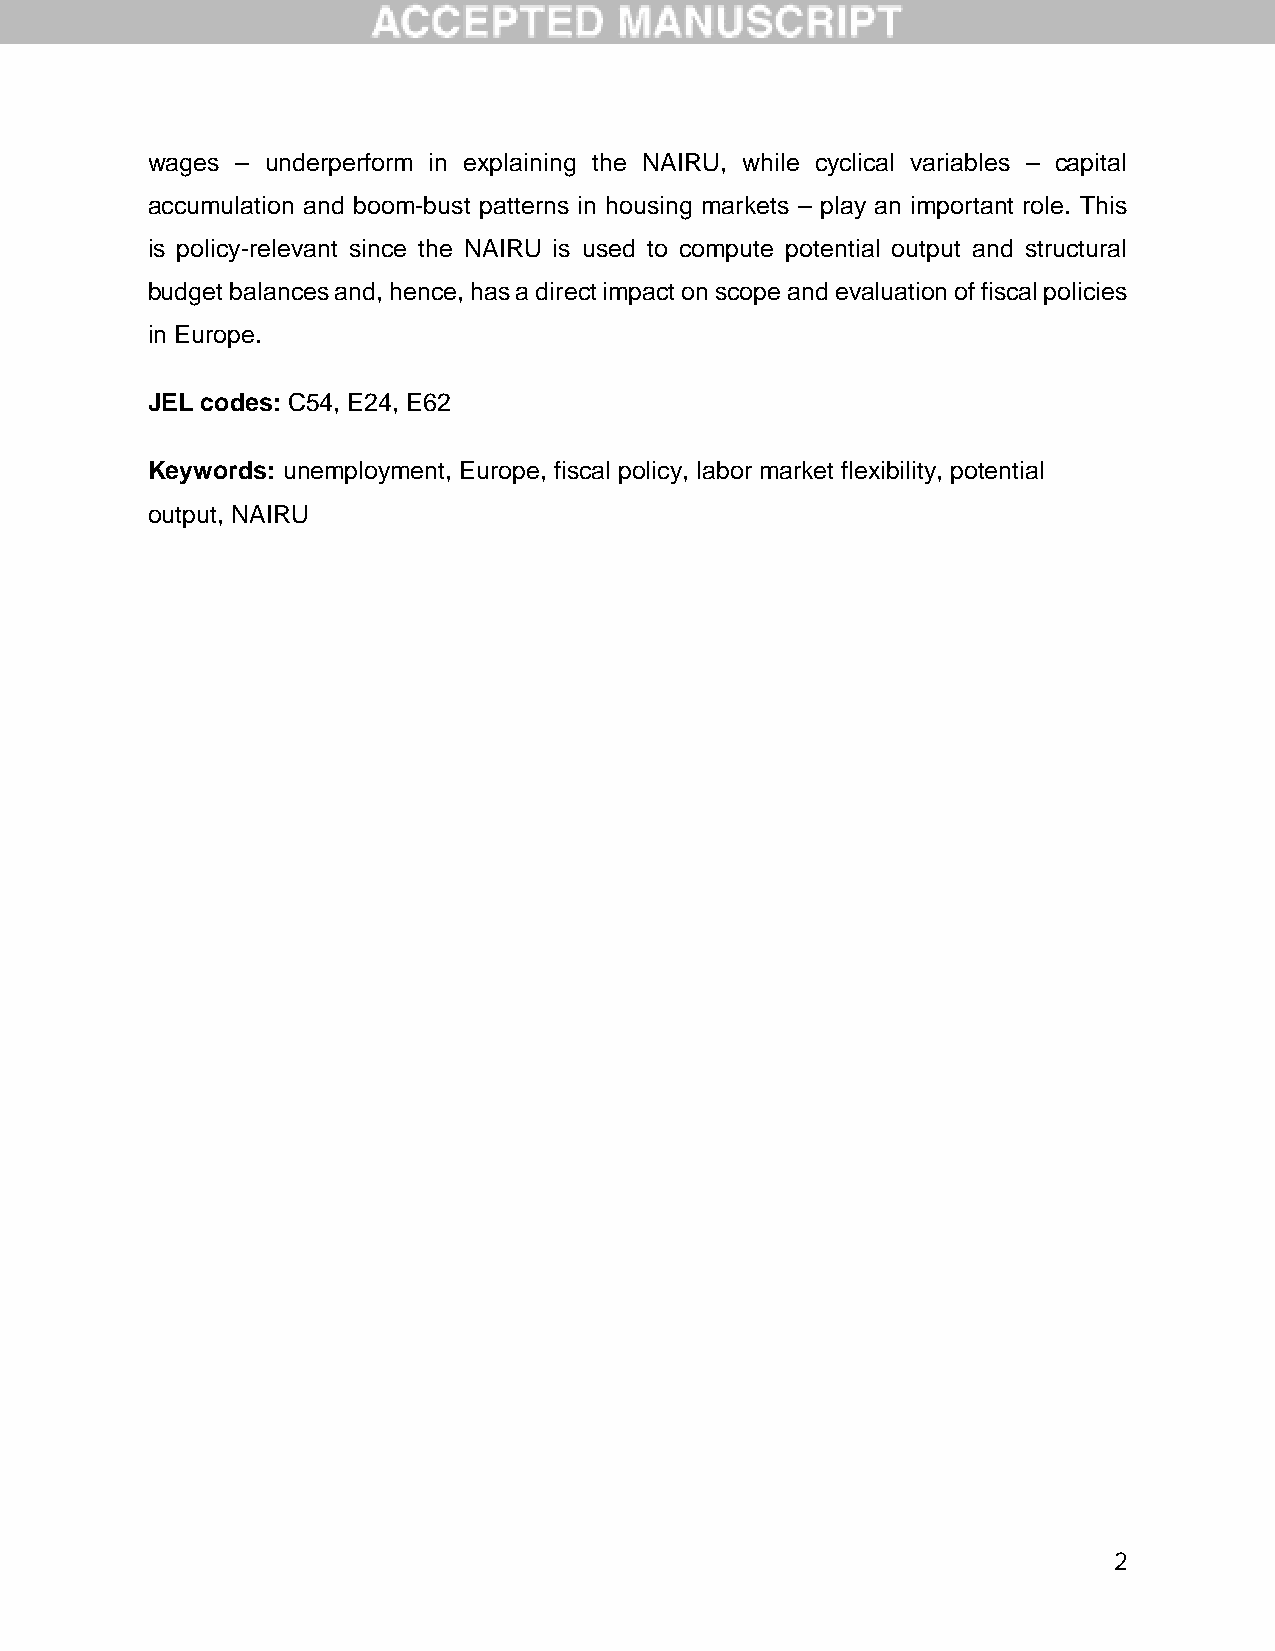
wages – underperform in explaining the NAIRU, while cyclical variables – capital
 accumulation and boom-bust patterns in housing markets – play an important role. This
 is policy-relevant since the NAIRU is used to compute potential output and structural
 budget balances and, hence, has a direct impact on scope and evaluation of fiscal policies
 in Europe.
 JEL codes: C54, E24, E62
 Keywords: unemployment, Europe, fiscal policy, labor market flexibility, potential
 output, NAIRU
 2